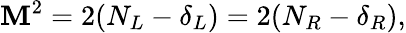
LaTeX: \mathbf{M}^{2}=2(N_{L}-\delta_{L})=2(N_{R}-\delta_{R}),